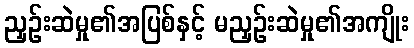
ညှဉ်းဆဲမှု၏အပြစ်နှင့် မညှဉ်းဆဲမှု၏အကျိုး